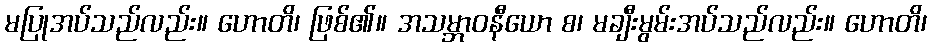
မပြုအပ်သည်လည်း။ ဟောတိ၊ ဖြစ်၏။ အသမ္ဘာဝနီယော စ၊ မချီးမွမ်းအပ်သည်လည်း။ ဟောတိ၊